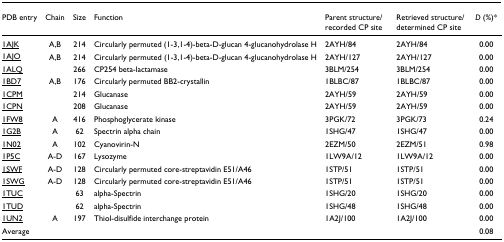
<table><thead><tr><td><b>PDB entry</b></td><td><b>Chain</b></td><td><b>Size</b></td><td><b>Function</b></td><td><b>Parent structure/recorded CP site</b></td><td><b>Retrieved structure/determined CP site</b></td><td><b><i>D </i>(%)*</b></td></tr></thead><tbody><tr><td>1AJK</td><td>A,B</td><td>214</td><td>Circularly permuted (1-3,1-4)-beta-D-glucan 4-glucanohydrolase H</td><td>2AYH/84</td><td>2AYH/84</td><td>0.00</td></tr><tr><td>1AJO</td><td>A,B</td><td>214</td><td>Circularly permuted (1-3,1-4)-beta-D-glucan 4-glucanohydrolase H</td><td>2AYH/127</td><td>2AYH/127</td><td>0.00</td></tr><tr><td>1ALQ</td><td></td><td>266</td><td>CP254 beta-lactamase</td><td>3BLM/254</td><td>3BLM/254</td><td>0.00</td></tr><tr><td>1BD7</td><td>A,B</td><td>176</td><td>Circularly permuted BB2-crystallin</td><td>1BLBC/87</td><td>1BLBC/87</td><td>0.00</td></tr><tr><td>1CPM</td><td></td><td>214</td><td>Glucanase</td><td>2AYH/59</td><td>2AYH/59</td><td>0.00</td></tr><tr><td>1CPN</td><td></td><td>208</td><td>Glucanase</td><td>2AYH/59</td><td>2AYH/59</td><td>0.00</td></tr><tr><td>1FW8</td><td>A</td><td>416</td><td>Phosphoglycerate kinase</td><td>3PGK/72</td><td>3PGK/73</td><td>0.24</td></tr><tr><td>1G2B</td><td>A</td><td>62</td><td>Spectrin alpha chain</td><td>1SHG/47</td><td>1SHG/47</td><td>0.00</td></tr><tr><td>1N02</td><td>A</td><td>102</td><td>Cyanovirin-N</td><td>2EZM/50</td><td>2EZM/51</td><td>0.98</td></tr><tr><td>1P5C</td><td>A-D</td><td>167</td><td>Lysozyme</td><td>1LW9A/12</td><td>1LW9A/12</td><td>0.00</td></tr><tr><td>1SWF</td><td>A-D</td><td>128</td><td>Circularly permuted core-streptavidin E51/A46</td><td>1STP/51</td><td>1STP/51</td><td>0.00</td></tr><tr><td>1SWG</td><td>A-D</td><td>128</td><td>Circularly permuted core-streptavidin E51/A46</td><td>1STP/51</td><td>1STP/51</td><td>0.00</td></tr><tr><td>1TUC</td><td></td><td>63</td><td>alpha-Spectrin</td><td>1SHG/20</td><td>1SHG/20</td><td>0.00</td></tr><tr><td>1TUD</td><td></td><td>62</td><td>alpha-Spectrin</td><td>1SHG/48</td><td>1SHG/48</td><td>0.00</td></tr><tr><td>1UN2</td><td>A</td><td>197</td><td>Thiol-disulfide interchange protein</td><td>1A2J/100</td><td>1A2J/100</td><td>0.00</td></tr><tr><td>Average</td><td></td><td></td><td></td><td></td><td></td><td>0.08</td></tr></tbody></table>